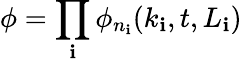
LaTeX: \phi=\prod_{\mathbf{i}}\phi_{n_{\mathbf{i}}}(k_{\mathbf{i}},t,L_{\mathbf{i}})